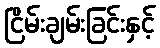
ငြိမ်းချမ်းခြင်းနှင့်